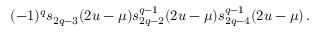
( - 1 ) ^ { q } s _ { 2 q - 3 } ( 2 u - \mu ) s _ { 2 q - 2 } ^ { q - 1 } ( 2 u - \mu ) s _ { 2 q - 4 } ^ { q - 1 } ( 2 u - \mu ) \, .